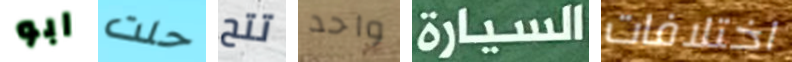
ابو حلت تتح واحد السيارة اختلافات